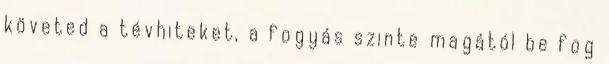
követed a tévhiteket, a fogyás szinte magától be fog